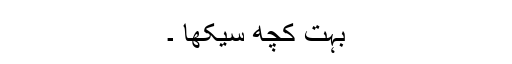
بہت کچھ سیکھا ۔